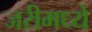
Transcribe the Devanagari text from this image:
जरीमध्ये